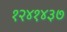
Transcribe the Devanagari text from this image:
१२४१४३७